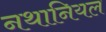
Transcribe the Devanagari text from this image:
नथानियल